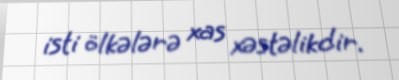
isti ölkələrə xas xəstəlikdir.